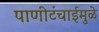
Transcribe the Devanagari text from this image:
पाणीटंचाईमुळे